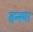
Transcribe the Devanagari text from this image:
बन्स्था